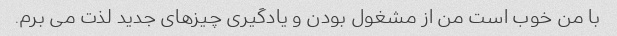
با من خوب است من از مشغول بودن و یادگیری چیزهای جدید لذت می برم.